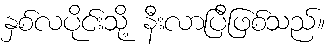
နှစ်လပိုင်းသို့ နီးလာပြီဖြစ်သည်။